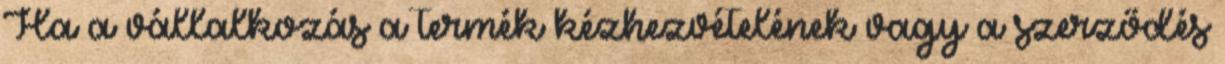
Ha a vállalkozás a termék kézhezvételének vagy a szerződés